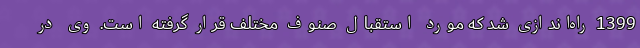
1399 راه‌اندازی شد که مورد استقبال صنوف مختلف قرار گرفته است. وی در